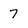
Character: 7